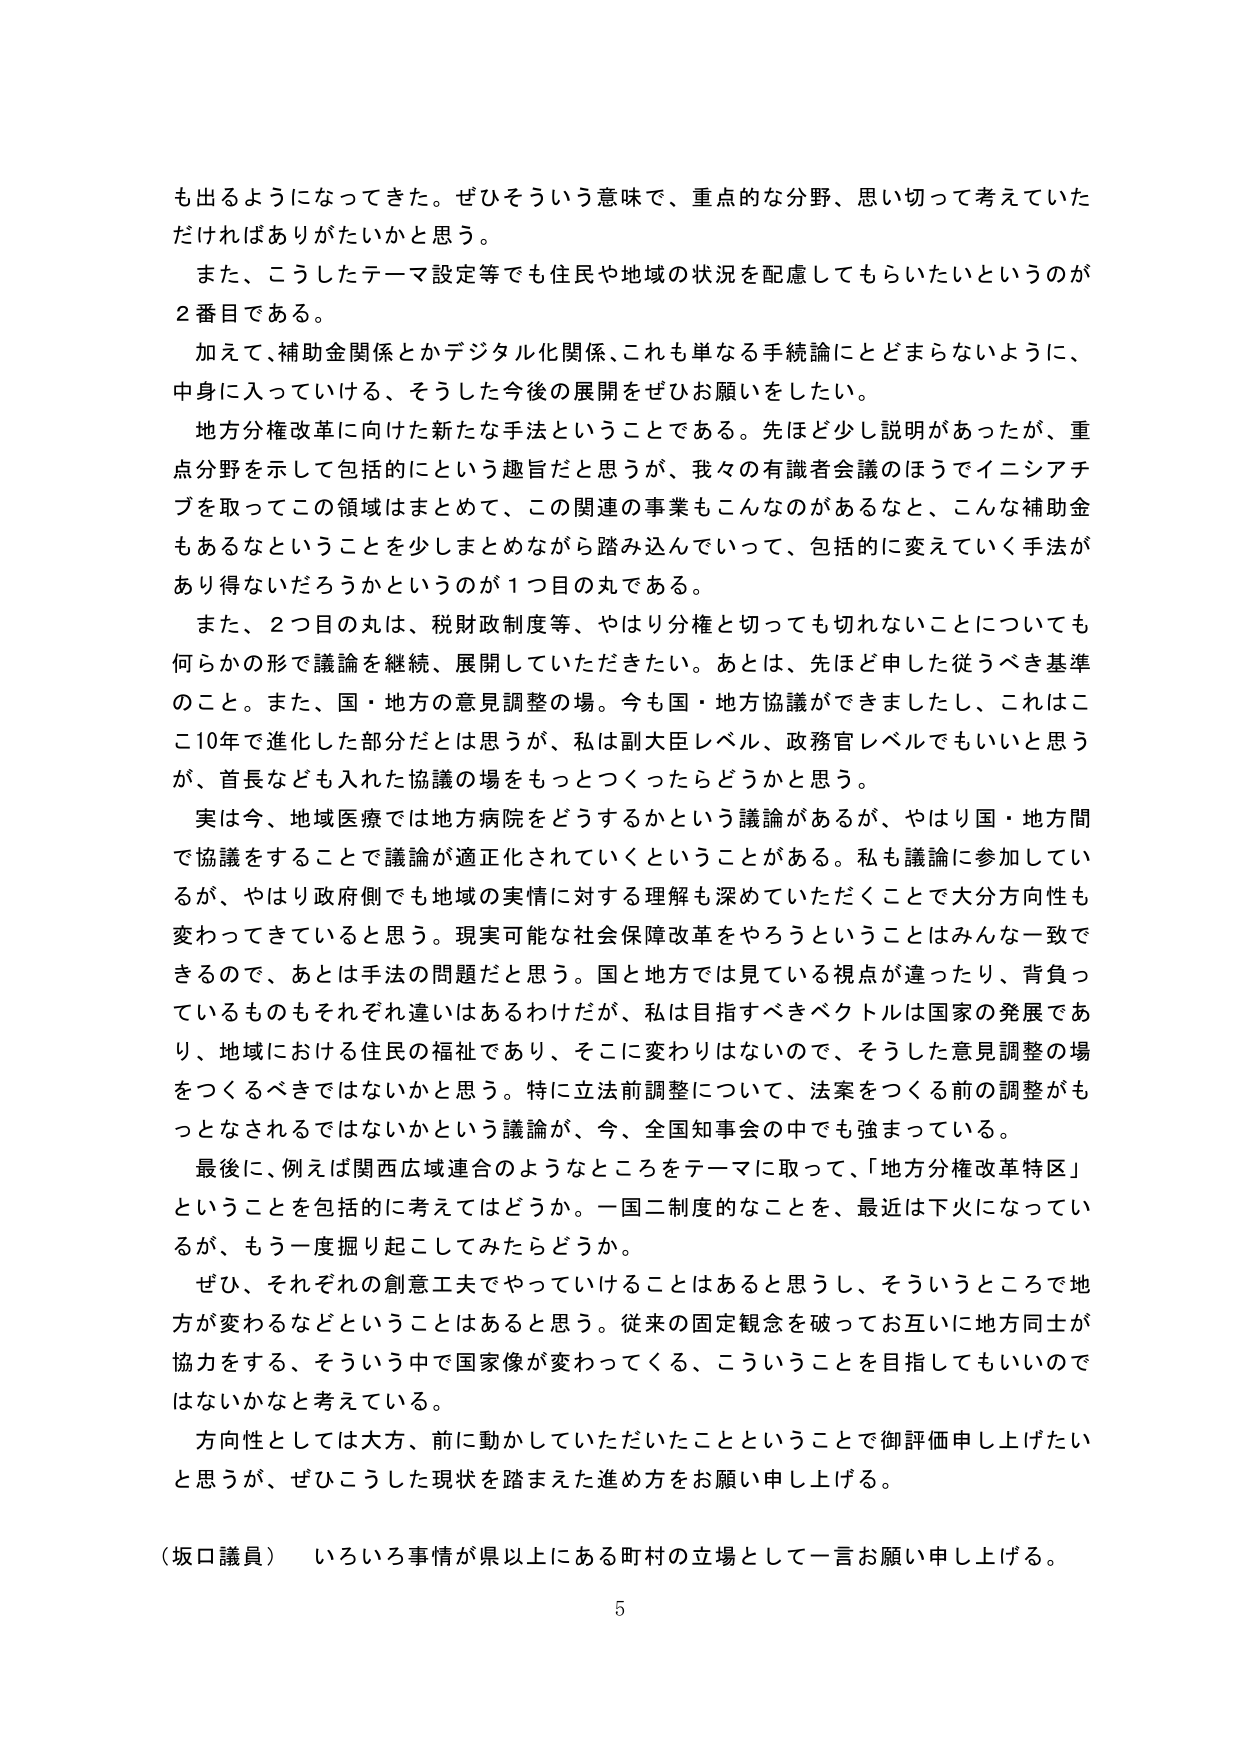
も出るようになってきた。ぜひそういう意味で、重点的な分野、思い切って考えていただければありがたいかと思う。

また、こうしたテーマ設定等でも住民や地域の状況を配慮してもらいたいというのが2番目である。

加えて、補助金関係とかデジタル化関係、これも単なる手続論にとどまらないように、中身に入っていける、そうした今後の展開をぜひお願いをしたい。

地方分権改革に向けた新たな手法ということである。先ほど少し説明があったが、重点分野を示して包括的にという趣旨だと思うが、我々の有識者会議のほうでイニシアチブを取ってこの領域はまとめて、この関連の事業もこんなのがあるなと、こんな補助金もあるなということを少しまとめながら踏み込んでいって、包括的に変えていく手法があり得ないだろうかというのが1つ目の丸である。

また、2つ目の丸は、税財政制度等、やはり分権と切っても切れないことについても何らかの形で議論を継続、展開していただきたい。あとは、先ほど申しした従うべき基準のこと。また、国・地方の意見調整の場。今も国・地方協議ができましたし、これはここ10年で進化した部分だとは思うが、私は副大臣レベル、政務官レベルでもいいと思うが、首長なども入れた協議の場をもっとつくったらどうかと思う。

実は今、地域医療では地方病院をどうするかという議論があるが、やはり国・地方間で協議をすることで議論が適正化されていくということがある。私も議論に参加しているが、やはり政府側でも地域の実情に対する理解も深めていただくことで大分方向性も変わってきていると思う。現実可能な社会保障改革をやろうということはみんな一致できるので、あとは手法の問題だと思う。国と地方では見ている視点が違ったり、背負っているものもそれぞれ違いはあるわけだが、私は目指すべきベクトルは国家の発展であり、地域における住民の福祉であり、そこに変わりはないので、そうした意見調整の場をつくるべきではないかと思う。特に立法前調整について、法案をつくる前の調整がもっとなされるではないかという議論が、今、全国知事会の中でも強まっている。

最後に、例えば関西広域連合のようなところをテーマに取って、「地方分権改革特区」ということを包括的に考えてはどうか。一国二制度的なことを、最近は下火になっているが、もう一度掘り起こしてみたらどうか。

ぜひ、それぞれの創意工夫でやっていけることはあると思うし、そういうところで地方が変わるなどということはあると思う。従来の固定観念を破ってお互いに地方同士が協力をする、そういう中で国家像が変わってくる、こういうことを目指してもいいのではないかと考えている。

方向性としては大方、前に動かしていただいたことということで御評価申し上げたいと思うが、ぜひこうした現状を踏まえた進め方をお願い申し上げる。

（坂口議員） いろいろ事情が県以上にある町村の立場として一言お願い申し上げる。

5